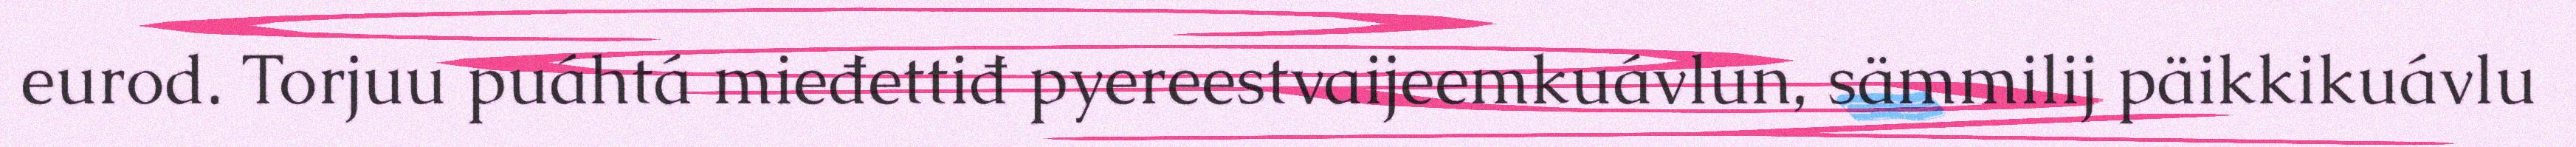
eurod. Torjuu puáhtá mieđettiđ pyereestvaijeemkuávlun, sämmilij päikkikuávlu